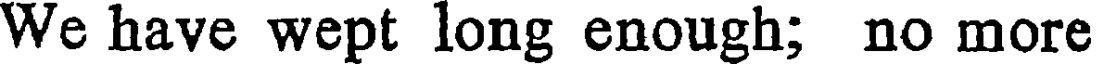
We have wept long enough; no more